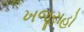
ખજૂરાહો